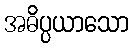
အဓိပ္ပယာသော